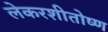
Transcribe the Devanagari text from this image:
लेकरशीतोष्ण